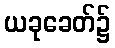
ယခုခေတ်၌